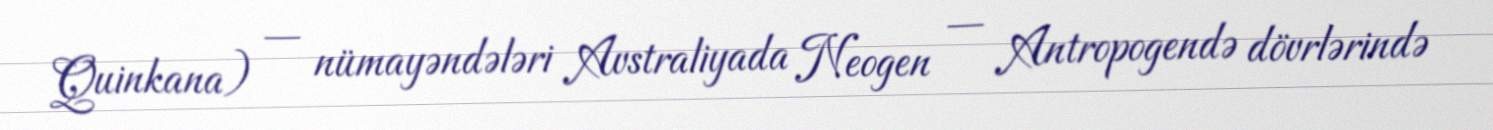
Quinkana) — nümayəndələri Avstraliyada Neogen — Antropogendə dövrlərində